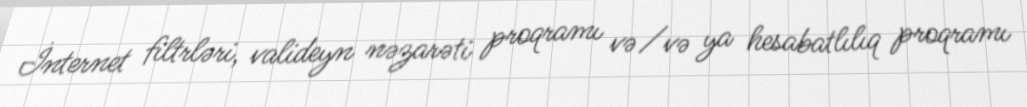
İnternet filtrləri, valideyn nəzarəti proqramı və/və ya hesabatlılıq proqramı